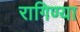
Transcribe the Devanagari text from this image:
रागिण्या